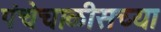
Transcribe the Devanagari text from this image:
पंचेचाळीसच्या